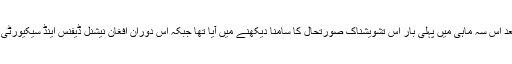
جوہن ایف سوپکو نے رپورٹ میں لکھا ہے کہ محکمہ دفاع کی جانب سے 2009 کے بعد اس سہ ماہی میں پہلی بار اس تشویشناک صورتحال کا سامنا دیکھنے میں آیا تھا جبکہ اس دوران افغان نیشنل ڈیفنس اینڈ سیکیورٹی فورسز ( اے ان ڈی ایس ایف ) کے اعداد و شمار کی بھی مکمل درجہ بندی کی گئی تھی۔